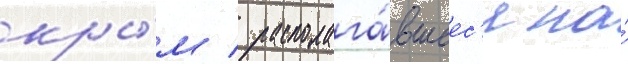
кры́м / располага́вшеес'я на́